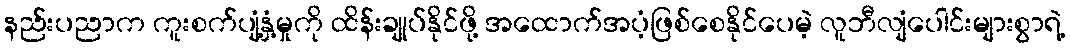
နည်းပညာက ကူးစက်ပျံ့နှံ့မှုကို ထိန်းချုပ်နိုင်ဖို့ အထောက်အပံ့ဖြစ်စေနိုင်ပေမဲ့ လူဘီလျံပေါင်းများစွာရဲ့